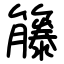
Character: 籐